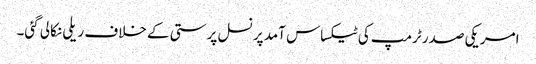
امریکی صدر ٹرمپ کی ٹیکساس آمد پر نسل پرستی کے خلاف ریلی نکالی گئی۔